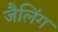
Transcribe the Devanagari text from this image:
जैलिंग